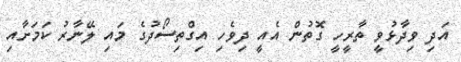
އަދި ވިދާޅުވީ ތާރީހީ ގޮތުން އެއީ ދިވެހި އިގްތިސޯދުގެ މައި ލޭނާރު ކަމަށާއި